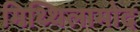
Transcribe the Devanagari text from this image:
मिथ्थिलामोद